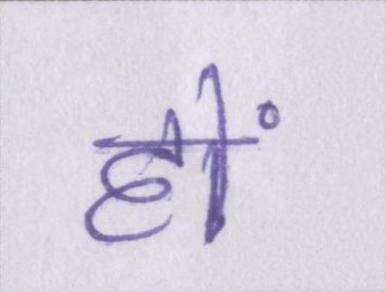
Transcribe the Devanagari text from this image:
हों